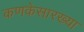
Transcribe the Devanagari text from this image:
कणकेसारख्या